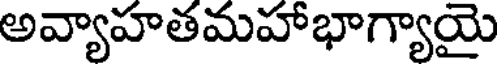
అవ్యాహతమహాభాగ్యాయై